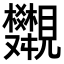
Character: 𧢣